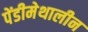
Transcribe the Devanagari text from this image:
पेंडीमेथालीन